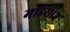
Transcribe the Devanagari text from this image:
माइसाउ